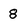
Character: 8